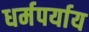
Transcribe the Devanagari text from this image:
धर्मपर्याय